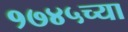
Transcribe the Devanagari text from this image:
१७४५च्या